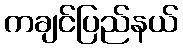
ကချင်ပြည်နယ်